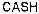
CASH